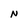
Character: N